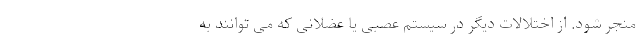
منجر شود. از اختلالات دیگر در سیستم عصبی یا عضلانی که می توانند به